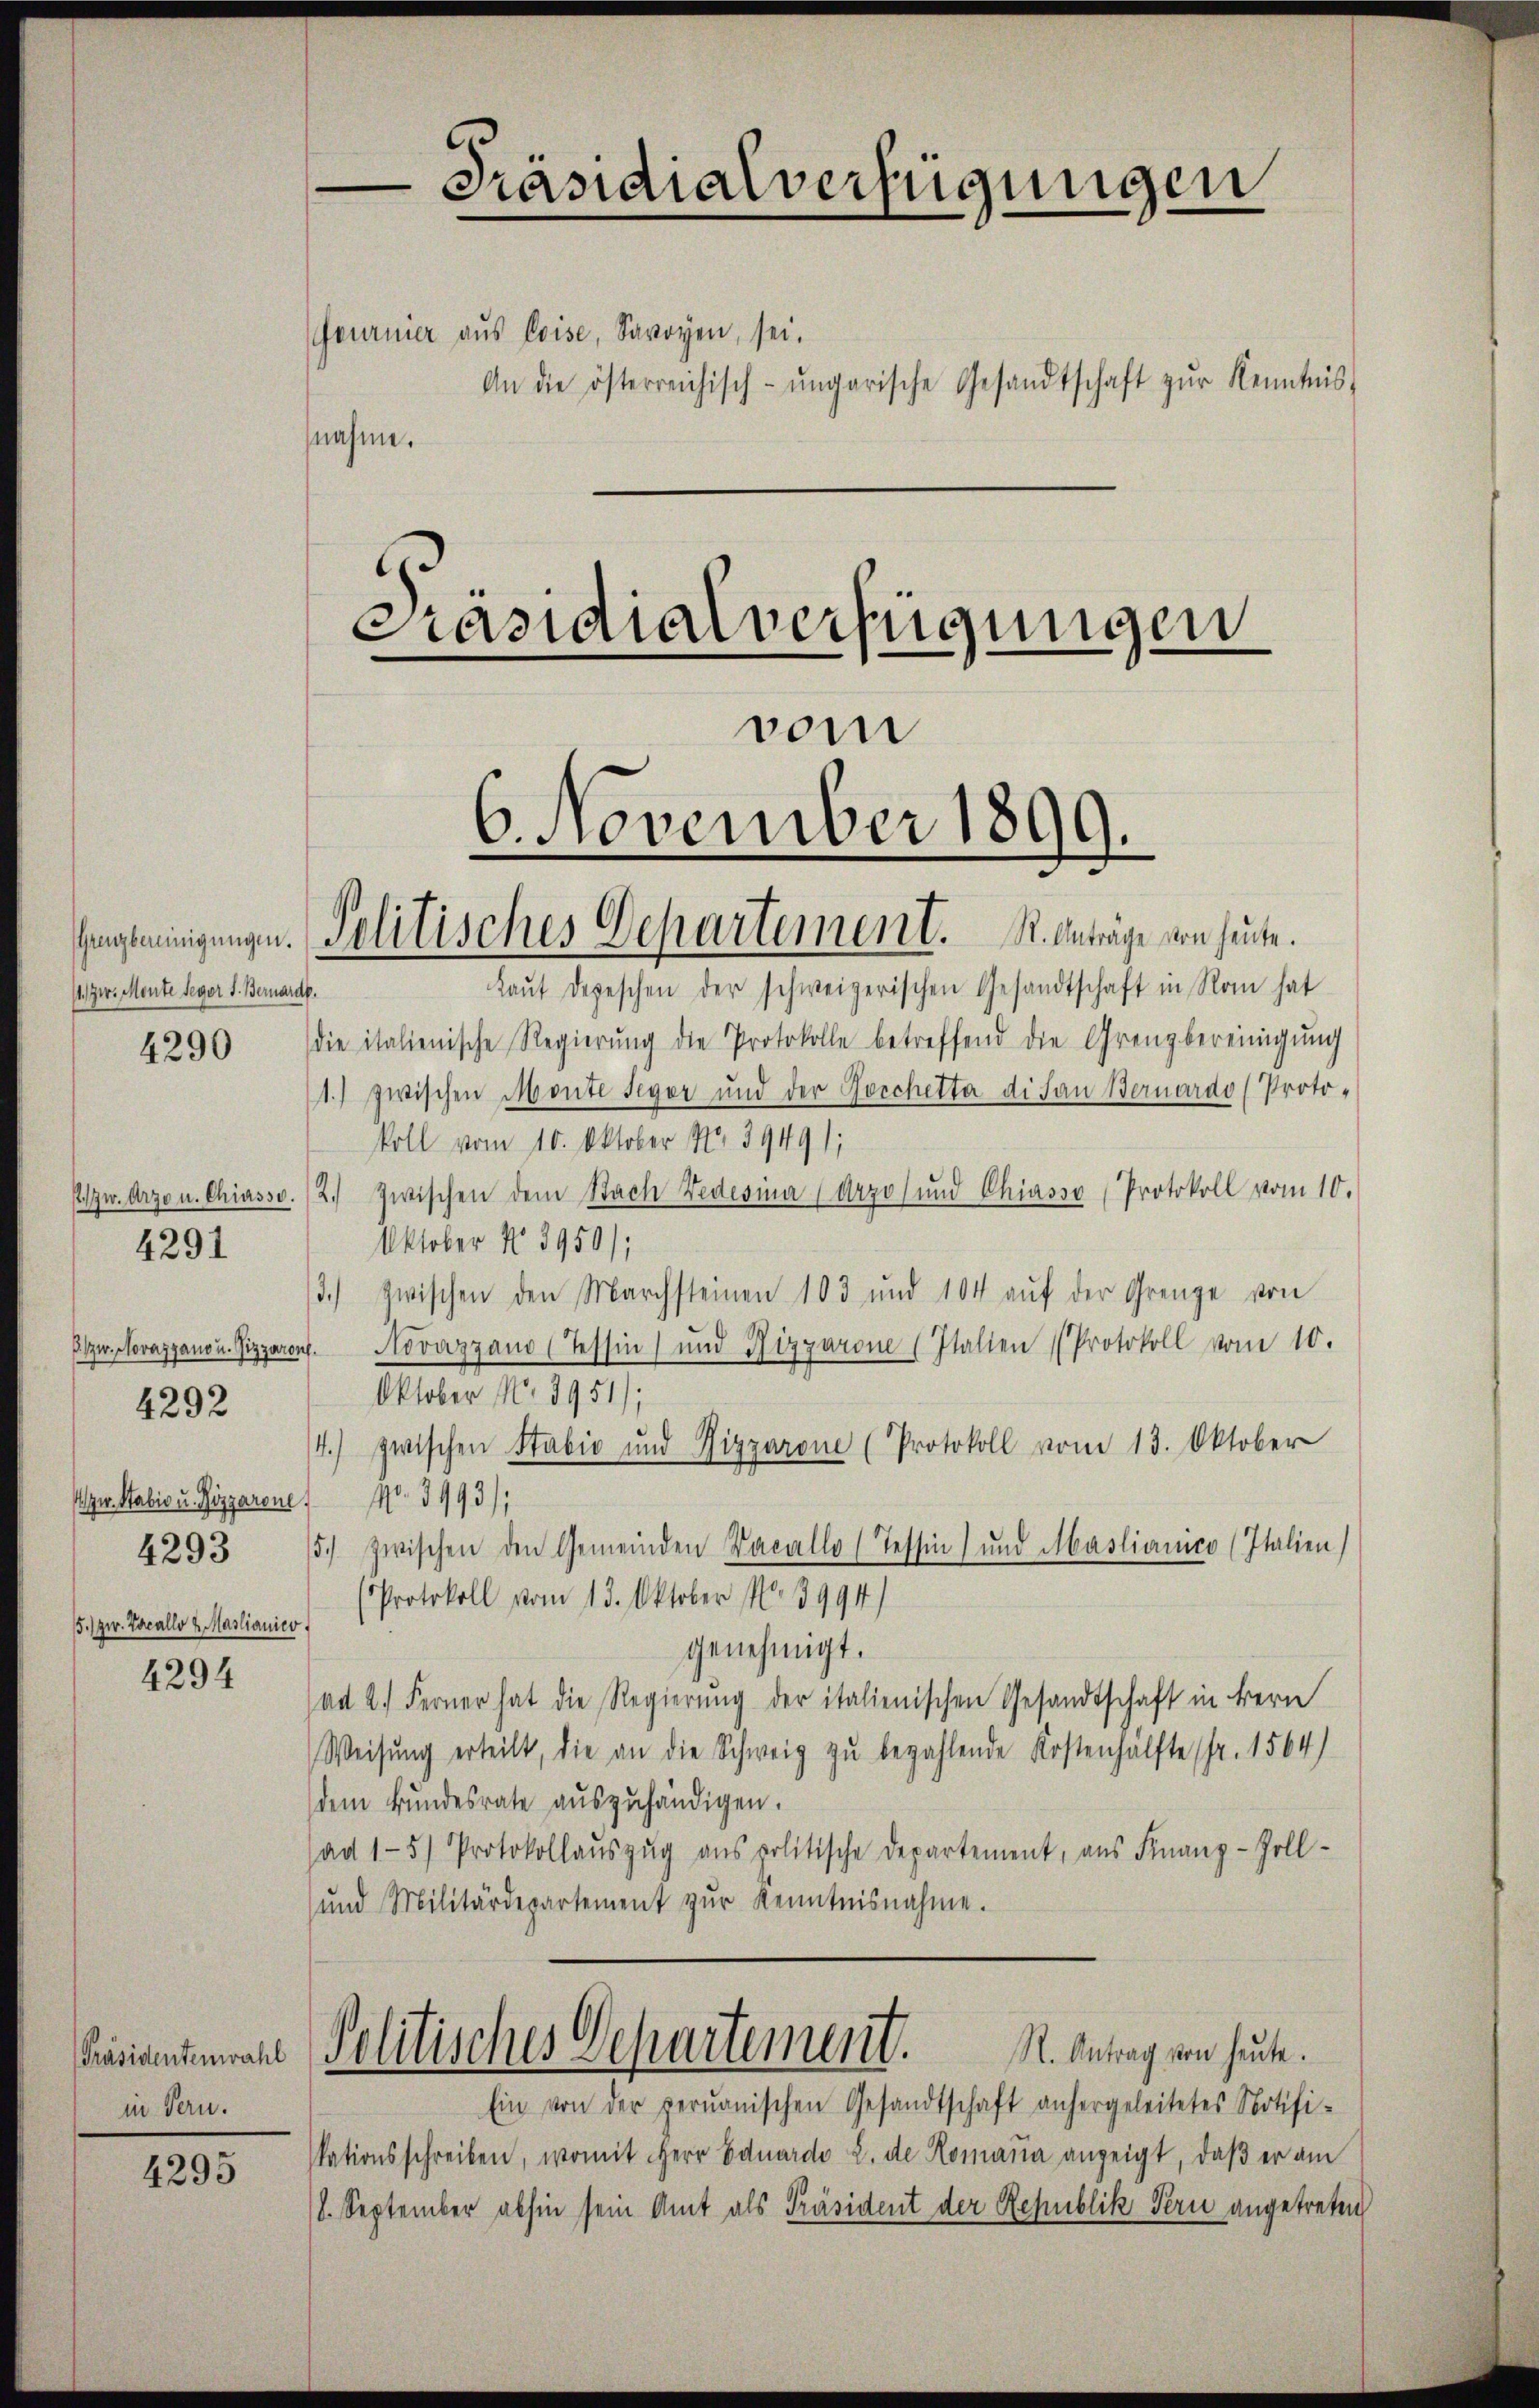
Gragbereinigungen.
1. zw. Monte Seger s. Bernarde.

4290

1/zw. Arze u. Chiasso.
4291

zw. Stabie u. Gizzarone
5.) zw. Locallo 2 Maslianico.

4292

4294

[Präsidentenwahl
in Pern.

4295

Präsidialverfügungen
(fournier aus Coise, Savoyen, sei.
An die österreichisch-ungarische Gesandtschaft zŭr Kenntnis
snahme.

Präsidialverfügungen

6. November 1899.
Politisches Departement. R. Anträge von heute.

Laŭt depeschen der schweizerischen Gesandtschaft in Rom hat
die italienische Regierŭng die Protokolle betreffend die Grenzbereinigung
1) zwischen Monte Segor und der Forchetta di fan Bernardo (Protokoll vom 10. Oktober No 39491;
2.) Zwischen dem Stach Vedesina (Arzos und Chiasso Protokoll vom 10.
Oktober No 3950);
3.) zwischen den Marchsteinen 103 und 104 auf der Grenze von
Ptzw. Novazganon Pizzaren. Novizzano (Tessin und Nizzarone Italien (Protokoll vom 10.
Oktober No. 3951);
14.) zwischen Stabio und Rizzarone (Protokoll vom 13. Oktober
No. 3993/
4293 15) zwischen den Gemeinden Dacallo (Tessin, und Maslianico (Italien)
(Protokoll vom 13. Oktober No 3994)
genehmigt.
ad 2. Ferner hat die Regierung der italienischen Gesandtschaft in Bern
Weisŭng erteilt, die an die Schweiz zu bezahlende Kostenhälfte fr. 1564)
dem Bundesrate auszuhändigen.
sag 15) Protokollaŭszŭg ans politische Departement, aŭs Finanz-Zoll-
und Militärdepartement zŭr Kenntnisnahme.

Politisches Departement. S. Antrag von heute.

vom

Ein von der perŭanischen Gesandtschaft anhergeleitetes Notifi-
kationsschreiben, womit Herr Eduardo 2. de Romana anzeigt, daß er am
/8. September abhin sein Amt als Präsident der Republik Bern angetreten,